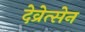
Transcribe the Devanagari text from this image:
देव्रेत्सेन